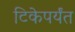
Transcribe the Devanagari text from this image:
टिकेपर्यंत